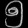
Digit: ၅